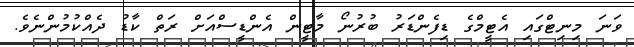
ވަނަ މިނިޓްގައި އެޓީމްގެ ޑިފެންޑަރު ބުރުނޯ މާޓީން އެންޑީސްއަށް ރަތް ކާޑު ދެއްކުމުންނެވެ.